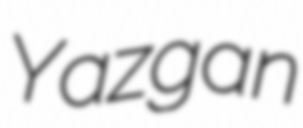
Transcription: Yazgan